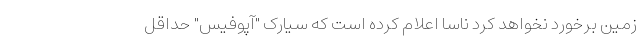
زمین برخورد نخواهد کرد ناسا اعلام کرده است که سیارک "آپوفیس" حداقل